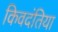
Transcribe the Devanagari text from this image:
किवदंतिया